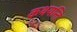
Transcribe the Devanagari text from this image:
कथयन्ति